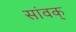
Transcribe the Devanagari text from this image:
सांवक्